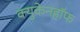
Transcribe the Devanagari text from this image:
क्युकेनहॉफ